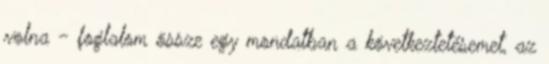
volna - foglalom össze egy mondatban a következtetésemet, az